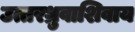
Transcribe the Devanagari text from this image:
उत्तरध्रुवाशिवाय